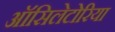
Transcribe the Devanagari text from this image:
ऑसिलेटोरिया